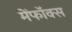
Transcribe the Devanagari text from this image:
मेंफॉक्स